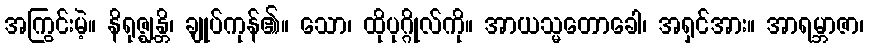
အကြွင်းမဲ့။ နိရုဇ္ဈန္တိ၊ ချုပ်ကုန်၏။ သော၊ ထိုပုဂ္ဂိုလ်ကို။ အာယသ္မတောခေါ၊ အရှင်အား။ အာရမ္ဘာဇာ၊